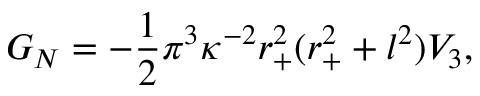
G _ { N } = - \frac { 1 } { 2 } \pi ^ { 3 } \kappa ^ { - 2 } r _ { + } ^ { 2 } ( r _ { + } ^ { 2 } + l ^ { 2 } ) V _ { 3 } ,